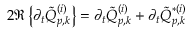
2 \Re \left\{ \partial _ { t } \tilde { Q } _ { p , k } ^ { ( i ) } \right\} = \partial _ { t } \tilde { Q } _ { p , k } ^ { ( i ) } + \partial _ { t } \tilde { Q } _ { p , k } ^ { * ( i ) }